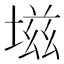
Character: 𰊊